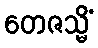
တေဇသ္မိံ